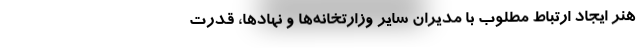
هنر ایجاد ارتباط مطلوب با مدیران سایر وزارتخانه‌ها و نهادها، قدرت